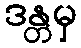
ဒန္တမှ